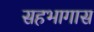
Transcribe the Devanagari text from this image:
सहभागास